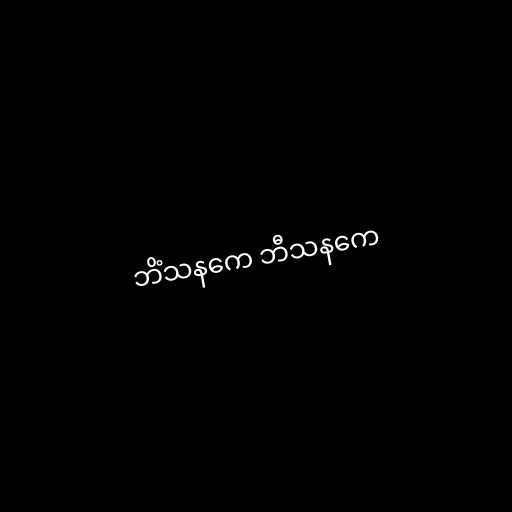
ဘိံသနကေ ဘီသနကေ